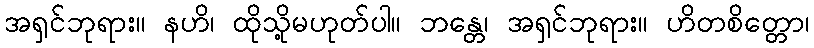
အရှင်ဘုရား။ နဟိ၊ ထိုသို့မဟုတ်ပါ။ ဘန္တေ၊ အရှင်ဘုရား။ ဟိတစိတ္တော၊